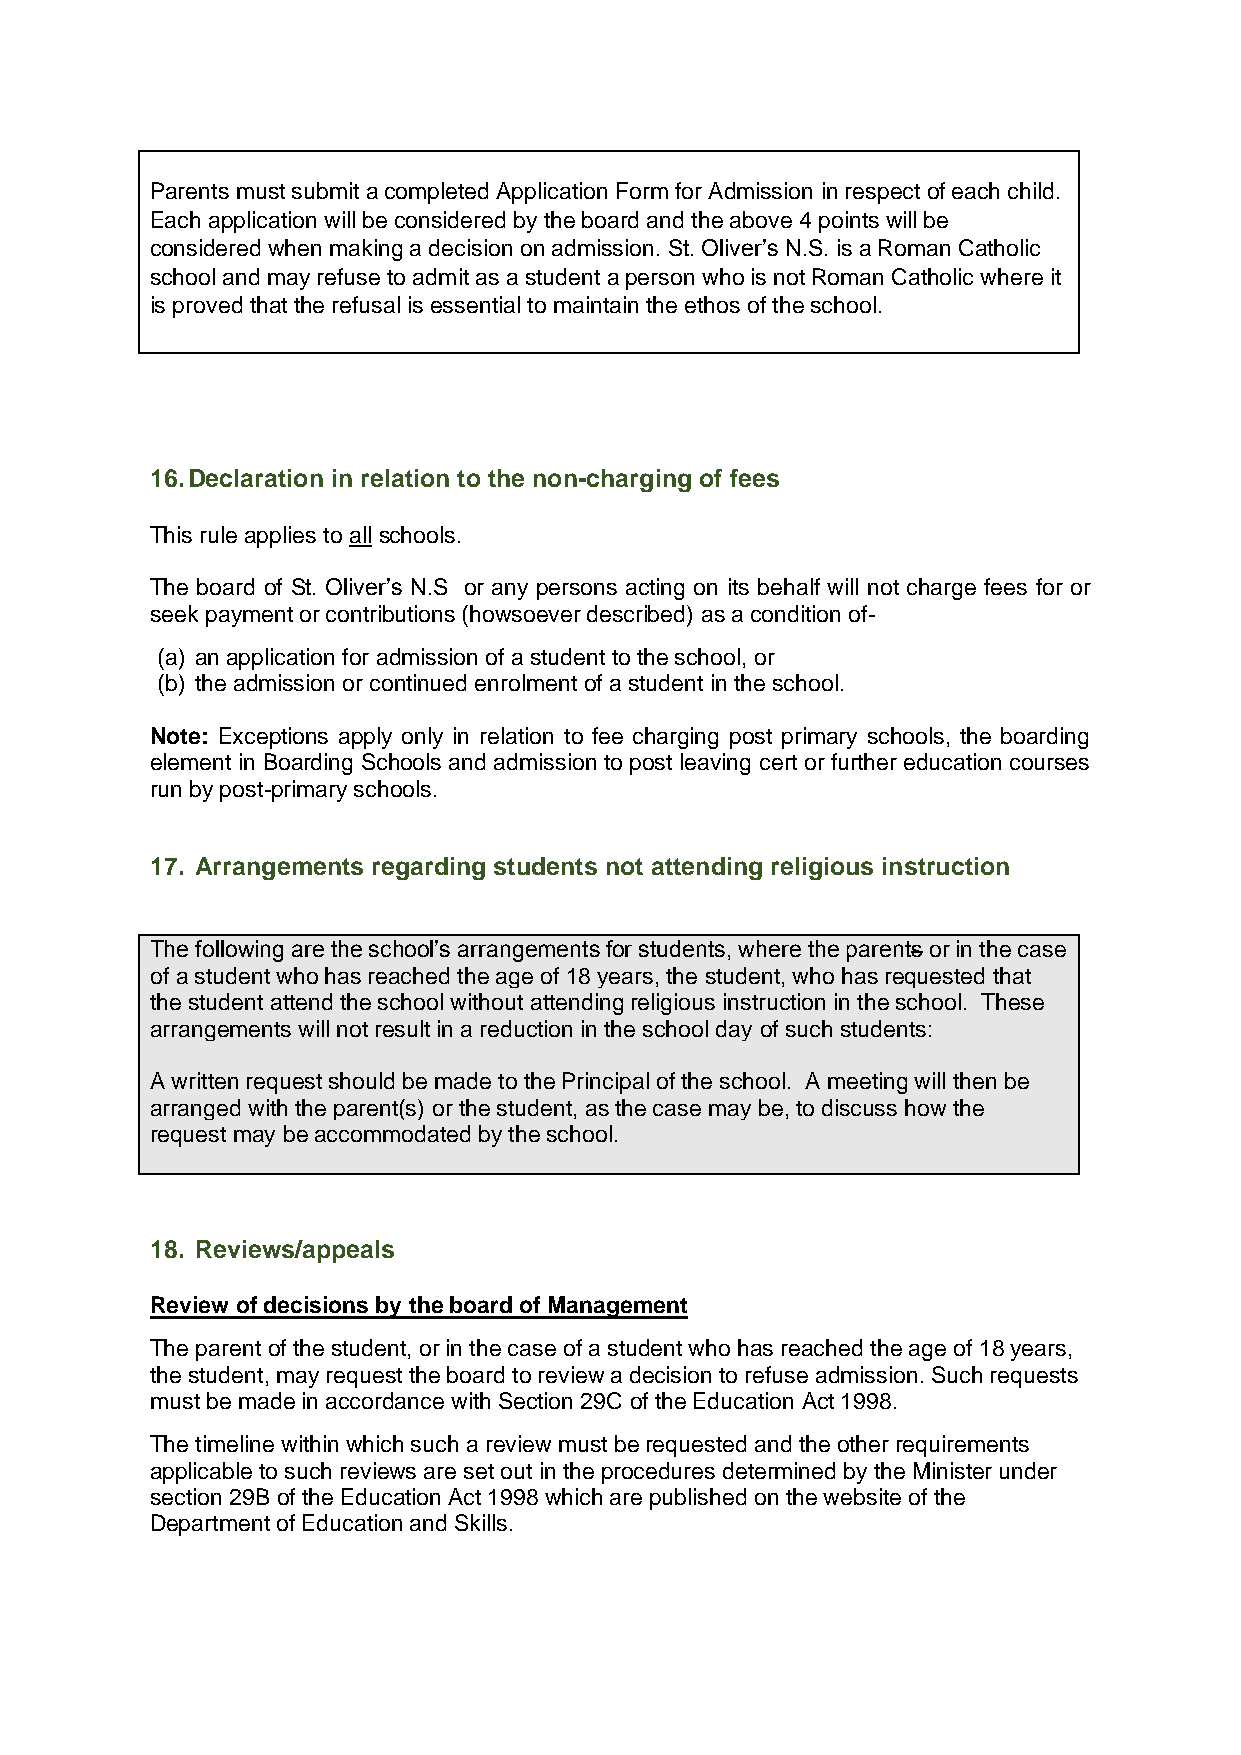
Parents must submit a completed Application Form for Admission in respect of each child.
 Each application will be considered by the board and the above 4 points will be
 considered when making a decision on admission. St. Oliver’s N.S. is a Roman Catholic
 school and may refuse to admit as a student a person who is not Roman Catholic where it
 is proved that the refusal is essential to maintain the ethos of the school.
 16. Declaration in relation to the non-charging of fees
 This rule applies to all schools.
 The board of St. Oliver’s N.S or any persons acting on its behalf will not charge fees for or
 seek payment or contributions (howsoever described) as a condition of-
 (a) an application for admission of a student to the school, or
 (b) the admission or continued enrolment of a student in the school.
 Note: Exceptions apply only in relation to fee charging post primary schools, the boarding
 element in Boarding Schools and admission to post leaving cert or further education courses
 run by post-primary schools.
 17. Arrangements regarding students not attending religious instruction
 The following are the school’s arrangements for students, where the parents or in the case
 of a student who has reached the age of 18 years, the student, who has requested that
 the student attend the school without attending religious instruction in the school. These
 arrangements will not result in a reduction in the school day of such students:
 A written request should be made to the Principal of the school. A meeting will then be
 arranged with the parent(s) or the student, as the case may be, to discuss how the
 request may be accommodated by the school.
 18. Reviews/appeals
 Review of decisions by the board of Management
 The parent of the student, or in the case of a student who has reached the age of 18 years,
 the student, may request the board to review a decision to refuse admission. Such requests
 must be made in accordance with Section 29C of the Education Act 1998.
 The timeline within which such a review must be requested and the other requirements
 applicable to such reviews are set out in the procedures determined by the Minister under
 section 29B of the Education Act 1998 which are published on the website of the
 Department of Education and Skills.